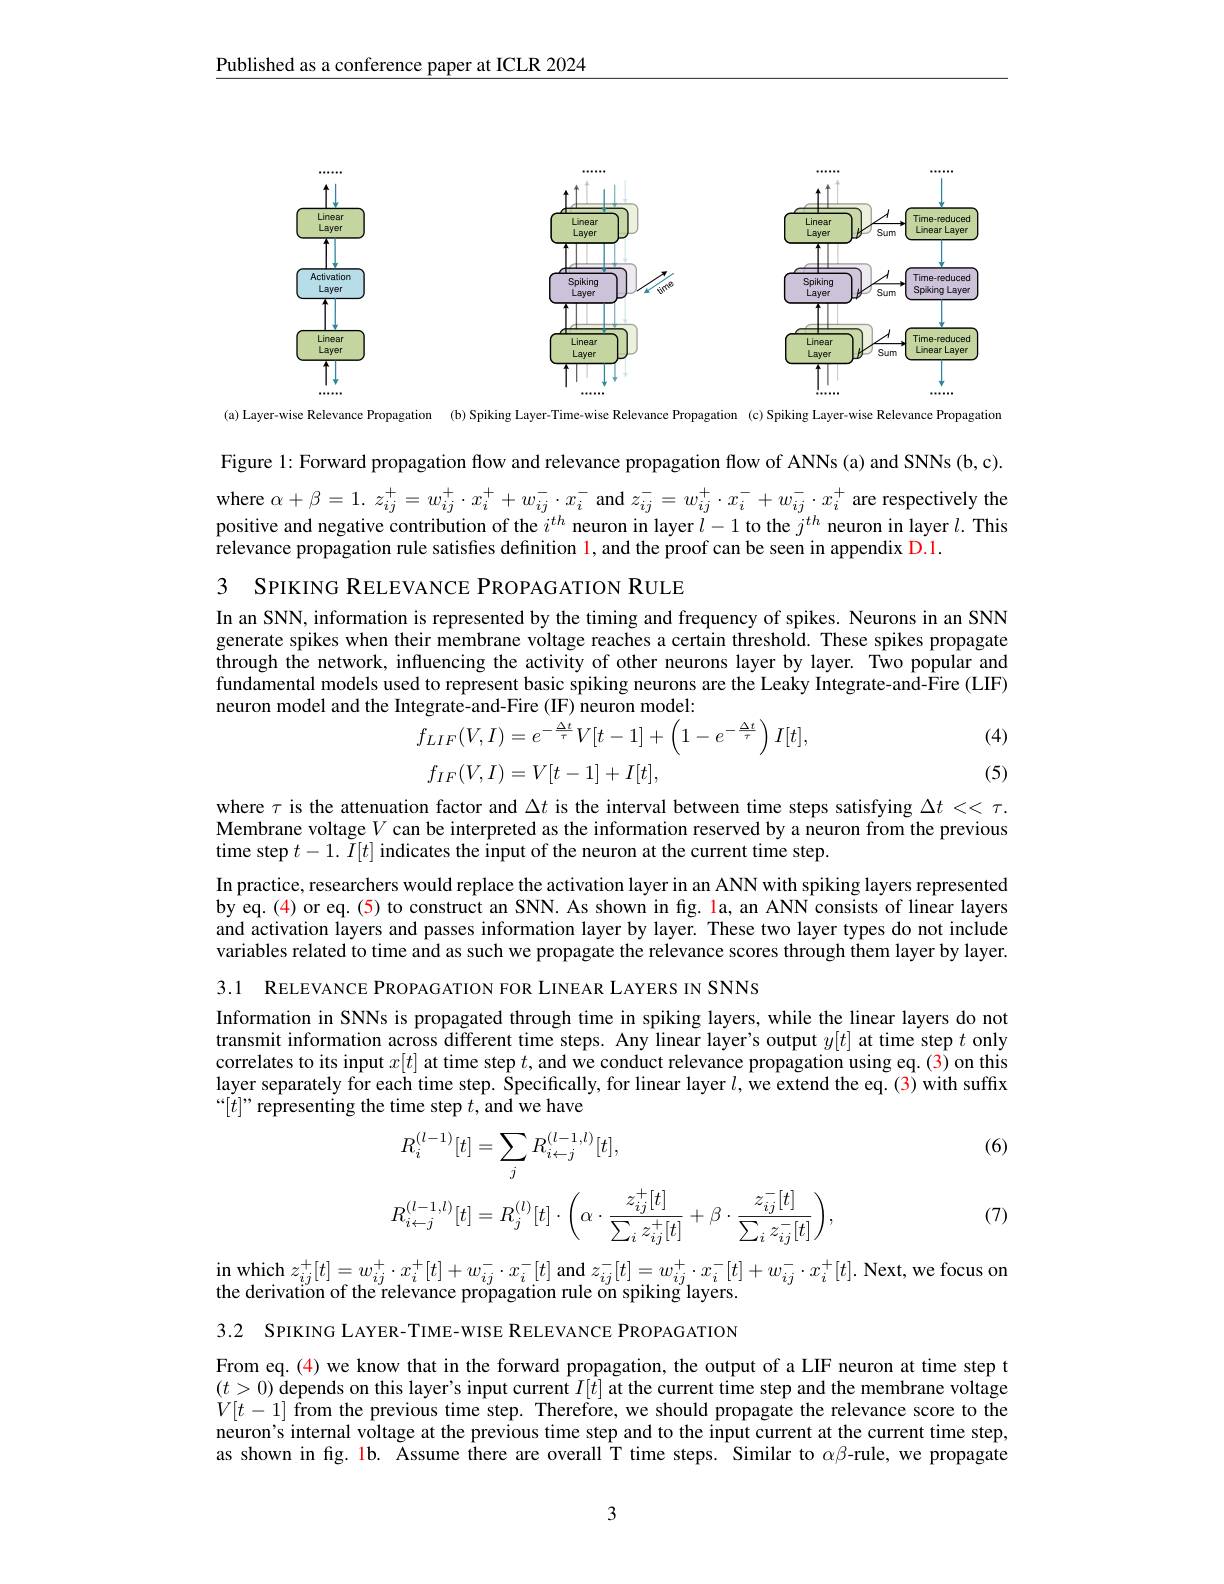
Published as a conference paper at ICLR 2024

<FigureHere>

(b) Spiking Layer-Time-wise Relevance Propagation (c) Spiking Layer-wise Relevance Propagation

(a) Layer-wise Relevance Propagation

Figure 1: Forward propagation flow and relevance propagation flow of ANNs (a) and SNNs (b,c).

where $\alpha + \beta = 1.$ $z_{ij}^{+ }= w_{ij}^{+ }\cdot x_{i}^{+ }+ w_{ij}^{- }\cdot x_{i}^{- }$ and $z_ij^{-}=w_{ij}^{+}\cdot x_{i}^{-}+w_{ij}^{-}\cdot x_{i}^{+}$ are respectively the positive and negative contribution of the $i^{th}$ neuron in layer $l-1$ to the $j^th$ neuron in layer $l.$ This relevance propagation rule satisfies definition l, and the proof can be seen in appendix D.1.

3 SPIKING RELEVANCE PROPAGATION RULE

In an SNN, information is represented by the timing and frequency of spikes. Neurons in an SNN generate spikes when their membrane voltage reaches a certain threshold. These spikes propagate through the network, influencing the activity of other neurons layer by layer. Two popular and fundamental models used to represent basic spiking neurons are the Leaky Integrate-and-$\hat{\text{Fire(LIF)}}$ neuron model and the Integrate-and-Fire (IF) neuron model:
$$\begin{aligned}&f_{LIF}(V,I)=e^{-\frac{\Delta t}{\tau}}V[t-1]+\left(1-e^{-\frac{\Delta t}{\tau}}\right)I[t],\\&f_{IF}(V,I)=V[t-1]+I[t],\end{aligned}$$
(4)

(5)

where $\tau$ is the attenuation factor and $\Delta t$ is the interval between time steps satisfying $\Delta t<<\tau.$ Membrane voltage$V$ can be interpreted as the information reserved by a neuron from the previous time step $t-1.\tilde{I}[t]$ indicates the input of the neuron at the current time step.

In practice, researchers would replace the activation layer in an ANN with spiking layers represented by eq. (4) or eq. (5) to construct an SNN. As shown in fg. la, an ANN consists of linear layers and activation layers and passes information layer by layer. These two layer types do not include variables related to time and as such we propagate the relevance scores through them layer by layer.

3.1 RELEVANCE PROPAGATION FOR LINEAR LAYERS IN SNNS

Information in SNNs is propagated through time in spiking layers, while the linear layers do not transmit information across different time steps. Any linear layer's output $y[t]$ at time step $t$ only correlates to its input $x[t]$ at time step $t$,and we conduct relevance propagation using eq.(3)on this layer separately for each time step. Specifically, for linear layer $l$,we extend the eq.(3) with suffix “$[t]”$representing the time step $t$,and we have

(6)
$$\begin{aligned}&R_{i}^{(l-1)}[t]=\sum_{j}R_{i\leftarrow j}^{(l-1,l)}[t],\\&R_{i\leftarrow j}^{(l-1,l)}[t]=R_{j}^{(l)}[t]\cdot\biggl(\alpha\cdot\frac{z_{ij}^{+}[t]}{\sum_{i}z_{ij}^{+}[t]}+\beta\cdot\frac{z_{ij}^{-}[t]}{\sum_{i}z_{ij}^{-}[t]}\biggr),\end{aligned}$$
(7)

$\begin{array}{l}\text{in which }z_{ij}^{+}[t]=w_{ij}^{+}\cdot x_{i}^{+}[t]+w_{ij}^{-}\cdot x_{i}^{-}[t]\text{ and }z_{ij}^{-}[t]=w_{ij}^{+}\cdot x_{i}^{-}[t]+w_{ij}^{-}\cdot x_{i}^{+}[t].\text{Next, we focus on}\\\text{the derivation of the relevance propagation rule on spiking layers.}\end{array}$

3.2 SPIKING LAYER-TIME-WISE RELEVANCE PROPAGATION

From eq.(4) we know that in the forward propagation, the output of a LIF neuron at time step t $(t>0)$ depends on this layer's input current $I[t]$ at the current time step and the membrane voltage $V[t-1]$ from the previous time step. Therefore, we should propagate the relevance score to the neuron's internal voltage at the previous time step and to the input current at the current time step, as shown in fig. 1b. Assume there are overall T time steps. Similar to $\alpha\beta$-rule, we propagate

3